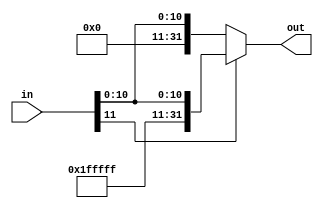
module Sign_Extend (in, out);

    input [11:0] in;
    output reg [31:0] out;

    always @(*) begin
        if (in[11]) begin
            out = {{20{1'b1}}, in};
        end else begin
            out = {20'b0, in};
        end
    end

endmodule